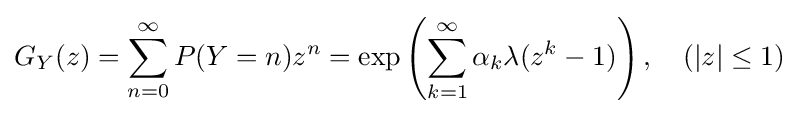
G_{Y}(z)=\sum \limits _{n=0}^{\infty }P(Y=n)z^{n}=\exp \left(\sum _{k=1}^{\infty }\alpha _{k}\lambda (z^{k}-1)\right),\quad (|z|\leq 1)